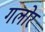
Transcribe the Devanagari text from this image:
गलोर